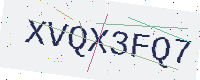
Text: XVQX3FQ7